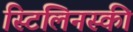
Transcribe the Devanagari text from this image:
स्टिलिनस्की